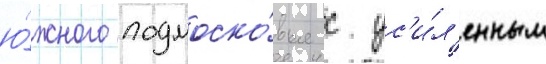
ю́жного подмоско́вья с ус'и́л'енным